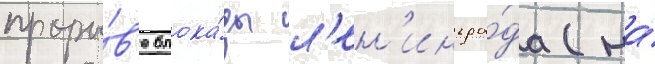
проры́в'е блока́ды л'ен'ингра́да (на́